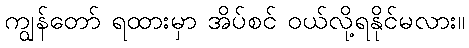
ကျွန်တော် ရထားမှာ အိပ်စင် ဝယ်လို့ရနိုင်မလား။